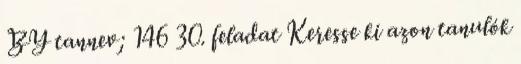
BY tannev; 146 30. feladat Keresse ki azon tanulók